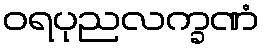
ဝရပုညလက္ခဏံ